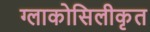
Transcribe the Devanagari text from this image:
ग्लाकोसिलीकृत